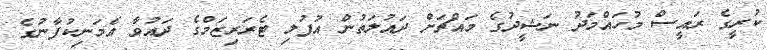
ކުރީގެ ރައީސް މުހައްމަދު ނަޝީދުގެ މައްޗަށް ދައުލަތުން އުފުލި ޓެރަރިޒަމްގެ ދައުވާ އެމަނިކުފާނުގެ